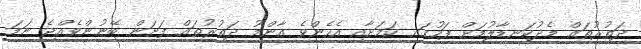
ދަތުރުތައް މެދުކަނޑާލުމަށް ފަހުގައި ކަމަށާއި އެހެންވެ އާންމު ދަތުރުތައް ފަށަން ބޭނުންވެއްޖެ ނަމަ